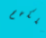
ملكهم